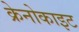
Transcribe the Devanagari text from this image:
क्रेनोकाइट